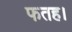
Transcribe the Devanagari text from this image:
फतह।